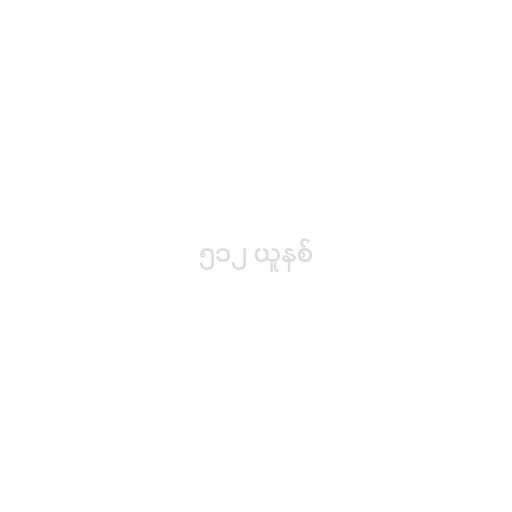
၅၁၂ ယူနစ်